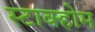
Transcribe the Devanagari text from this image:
स्टाक्होम